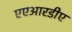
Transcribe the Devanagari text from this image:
एएआरडीए